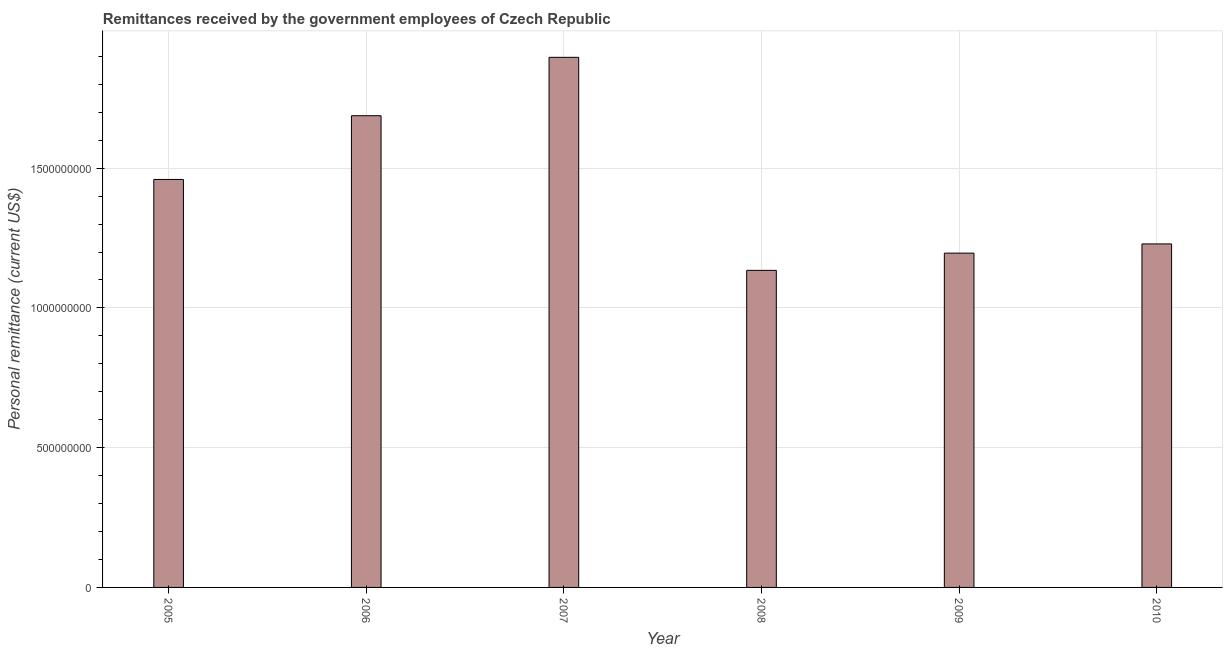
| Year | Personal remittances |
 | --- | --- |
 | 2005 | 1.46e+09 |
 | 2006 | 1.69e+09 |
 | 2007 | 1.9e+09 |
 | 2008 | 1.13e+09 |
 | 2009 | 1.2e+09 |
 | 2010 | 1.23e+09 |